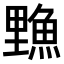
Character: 𫙣